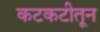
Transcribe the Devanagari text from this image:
कटकटीतून